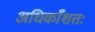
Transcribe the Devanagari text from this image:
अधिकाँशतः